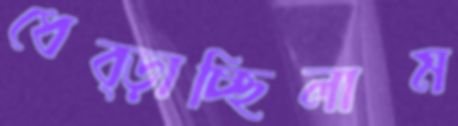
ধেব্‌ড়াচ্ছিলাম